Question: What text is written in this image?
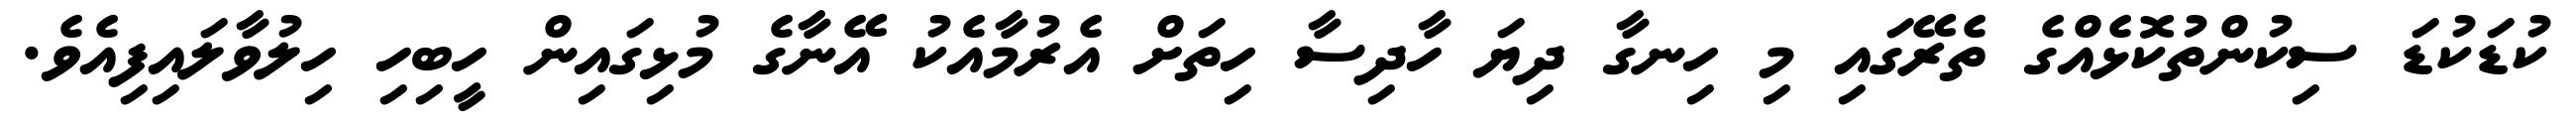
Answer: ކުޑަކުޑަ ސިކުންތުކޮޅެއްގެ ތެރޭގައި މި ހިނގާ ދިޔަ ހާދިސާ ހިތަށް އެރުމާއެކު އޭނާގެ މުޅިގައިން ހީބިހި ހިލުވާލައިފިއެވެ.